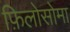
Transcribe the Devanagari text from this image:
फ़िलोसोमा